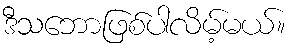
ဒီသဘောဖြစ်ပါလိမ့်မယ်။